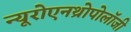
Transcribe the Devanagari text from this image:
न्यूरोएनथ्रोपोलॉजी